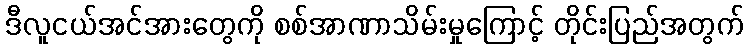
ဒီလူငယ်အင်အားတွေကို စစ်အာဏာသိမ်းမှုကြောင့် တိုင်းပြည်အတွက်